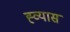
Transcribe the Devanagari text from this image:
ह्व्यास